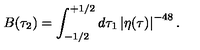
B ( \tau _ { 2 } ) = \int _ { - 1 / 2 } ^ { + 1 / 2 } d \tau _ { 1 } \left| \eta ( \tau ) \right| ^ { - 4 8 } .